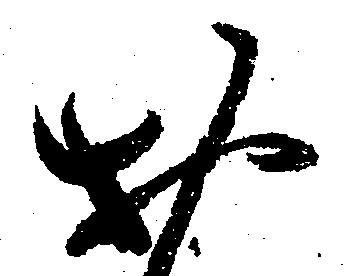
お